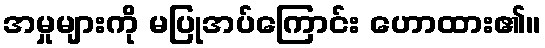
အမှုများကို မပြုအပ်ကြောင်း ဟောထား၏။